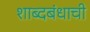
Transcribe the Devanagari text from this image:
शाब्दबंधाची